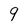
Character: 9